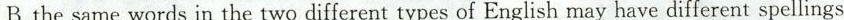
B. the same words in the two different types of English may have different spellings